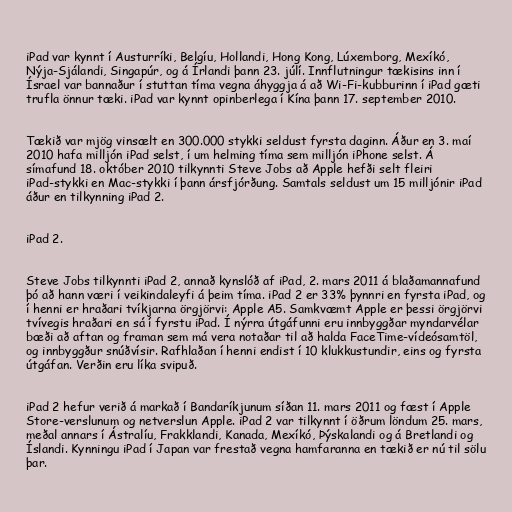
iPad var kynnt í Austurríki, Belgíu, Hollandi, Hong Kong, Lúxemborg, Mexíkó,
Nýja-Sjálandi, Singapúr, og á Írlandi þann 23. júlí. Innflutningur tækisins inn í
Ísrael var bannaður í stuttan tíma vegna áhyggja á að Wi-Fi-kubburinn í iPad gæti
trufla önnur tæki. iPad var kynnt opinberlega í Kína þann 17. september 2010.

Tækið var mjög vinsælt en 300.000 stykki seldust fyrsta daginn. Áður en 3. maí
2010 hafa milljón iPad selst, í um helming tíma sem milljón iPhone selst. Á
símafund 18. október 2010 tilkynnti Steve Jobs að Apple hefði selt fleiri
iPad-stykki en Mac-stykki í þann ársfjórðung. Samtals seldust um 15 milljónir iPad
áður en tilkynning iPad 2.

iPad 2.

Steve Jobs tilkynnti iPad 2, annað kynslóð af iPad, 2. mars 2011 á blaðamannafund
þó að hann væri í veikindaleyfi á þeim tíma. iPad 2 er 33% þynnri en fyrsta iPad, og
í henni er hraðari tvíkjarna örgjörvi: Apple A5. Samkvæmt Apple er þessi örgjörvi
tvívegis hraðari en sá í fyrstu iPad. Í nýrra útgáfunni eru innbyggðar myndarvélar
bæði að aftan og framan sem má vera notaðar til að halda FaceTime-vídeósamtöl,
og innbyggður snúðvísir. Rafhlaðan í henni endist í 10 klukkustundir, eins og fyrsta
útgáfan. Verðin eru líka svipuð.

iPad 2 hefur verið á markað í Bandaríkjunum síðan 11. mars 2011 og fæst í Apple
Store-verslunum og netverslun Apple. iPad 2 var tilkynnt í öðrum löndum 25. mars,
meðal annars í Ástralíu, Frakklandi, Kanada, Mexíkó, Þýskalandi og á Bretlandi og
Íslandi. Kynningu iPad í Japan var frestað vegna hamfaranna en tækið er nú til sölu
þar.